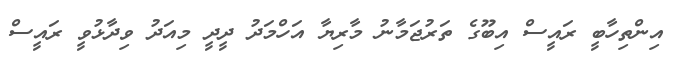
އިންތިހާބީ ރައީސް އިބޫގެ ތަރުޖަމާނު މާރިޔާ އަހްމަދު ދީދީ މިއަދު ވިދާޅުވީ ރައީސް